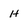
Character: h